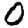
Digit: 0